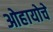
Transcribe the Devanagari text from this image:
ओहायोचे